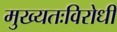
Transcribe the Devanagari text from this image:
मुख्यतःविरोधी